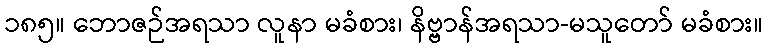
၁၈၅။ ဘောဇဉ်အရသာ လူနာ မခံစား၊ နိဗ္ဗာန်အရသာ-မသူတော် မခံစား။